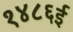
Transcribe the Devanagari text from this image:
१४८६ई